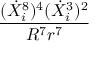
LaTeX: \frac { ( \dot { X } _ { i } ^ { 8 } ) ^ { 4 } ( \dot { X } _ { i } ^ { 3 } ) ^ { 2 } } { R ^ { 7 } r ^ { 7 } }